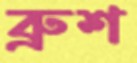
ব্রুশ